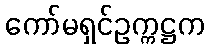
ကော်မရှင်ဥက္ကဋ္ဌက